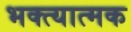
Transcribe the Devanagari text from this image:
भक्त्यात्मक